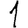
Digit: 1